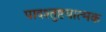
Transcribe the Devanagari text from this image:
पादश्तुष्टयात्मक